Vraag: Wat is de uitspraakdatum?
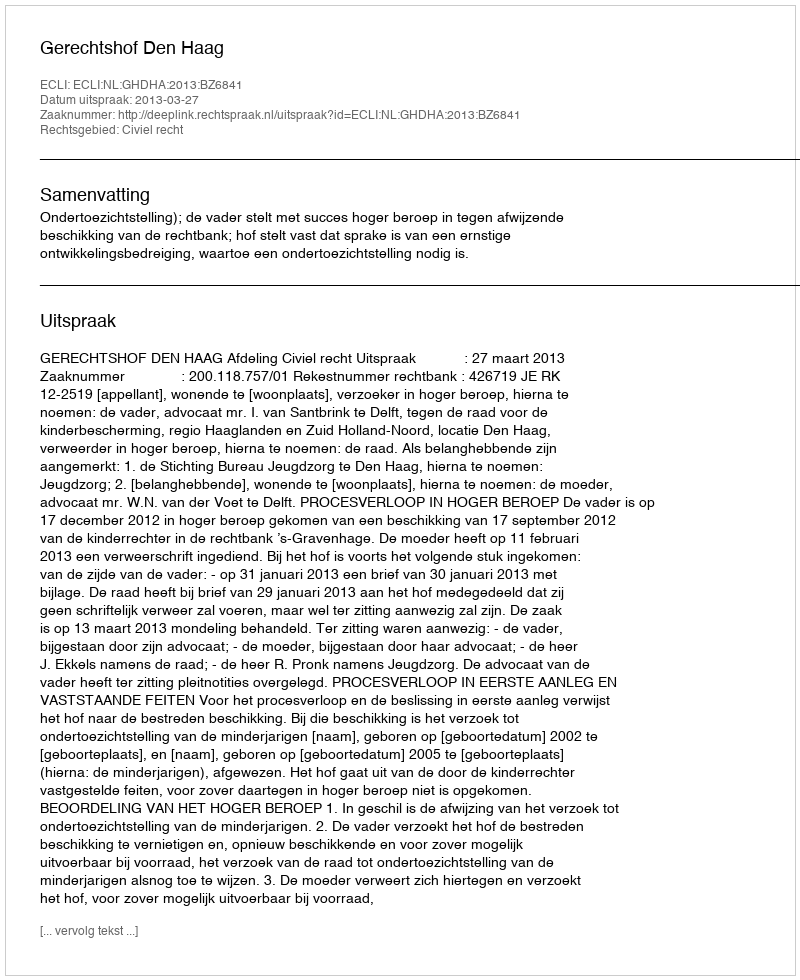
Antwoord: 2013-03-27